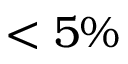
< 5 \%